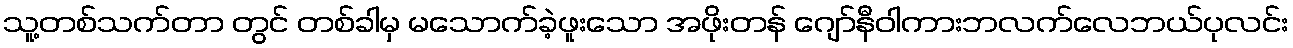
သူ့တစ်သက်တာ တွင် တစ်ခါမှ မသောက်ခဲ့ဖူးသော အဖိုးတန် ဂျော်နီဝါကားဘလက်လေဘယ်ပုလင်း